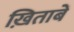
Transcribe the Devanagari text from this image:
ख़िताबें